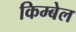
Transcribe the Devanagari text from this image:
किम्बेल